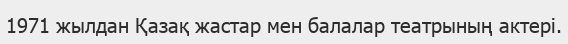
1971 жылдан Қазақ жастар мен балалар театрының актері.